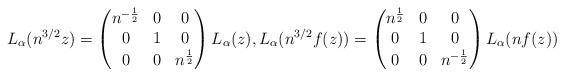
LaTeX: \begin{align*} L_{\alpha}(n^{3/2} z) & = \begin{pmatrix} n^{-\frac{1}{2}} & 0 & 0 \\0 & 1 & 0 \\ 0 & 0 & n^{\frac{1}{2}} \end{pmatrix} L_{\alpha}(z), L_{\alpha}(n^{3/2} f(z)) = \begin{pmatrix} n^{\frac{1}{2}} & 0 & 0 \\0 & 1 & 0 \\ 0 & 0 & n^{-\frac{1}{2}} \end{pmatrix} L_{\alpha}(n f(z)) \end{align*}